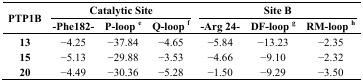
| <ROWSPAN=3> PTP1B | <COLSPAN=3> Catalytic Site | <COLSPAN=3> Site B |
 | -Phe182- | P-loop e | Q-loop f | -Arg 24- | DF-loop g | RM-loop h |
 | --- | --- | --- | --- | --- | --- | --- |
 | 13 | −4.25 | −37.84 | −4.65 | −5.84 | −13.23 | −2.35 |
 | 15 | −5.13 | −29.88 | −3.53 | −4.66 | −9.10 | −2.32 |
 | 20 | −4.49 | −30.36 | −5.28 | −1.50 | −9.29 | −3.50 |